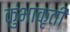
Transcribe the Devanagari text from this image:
कुंभाकृती